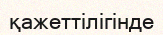
қажеттілігінде